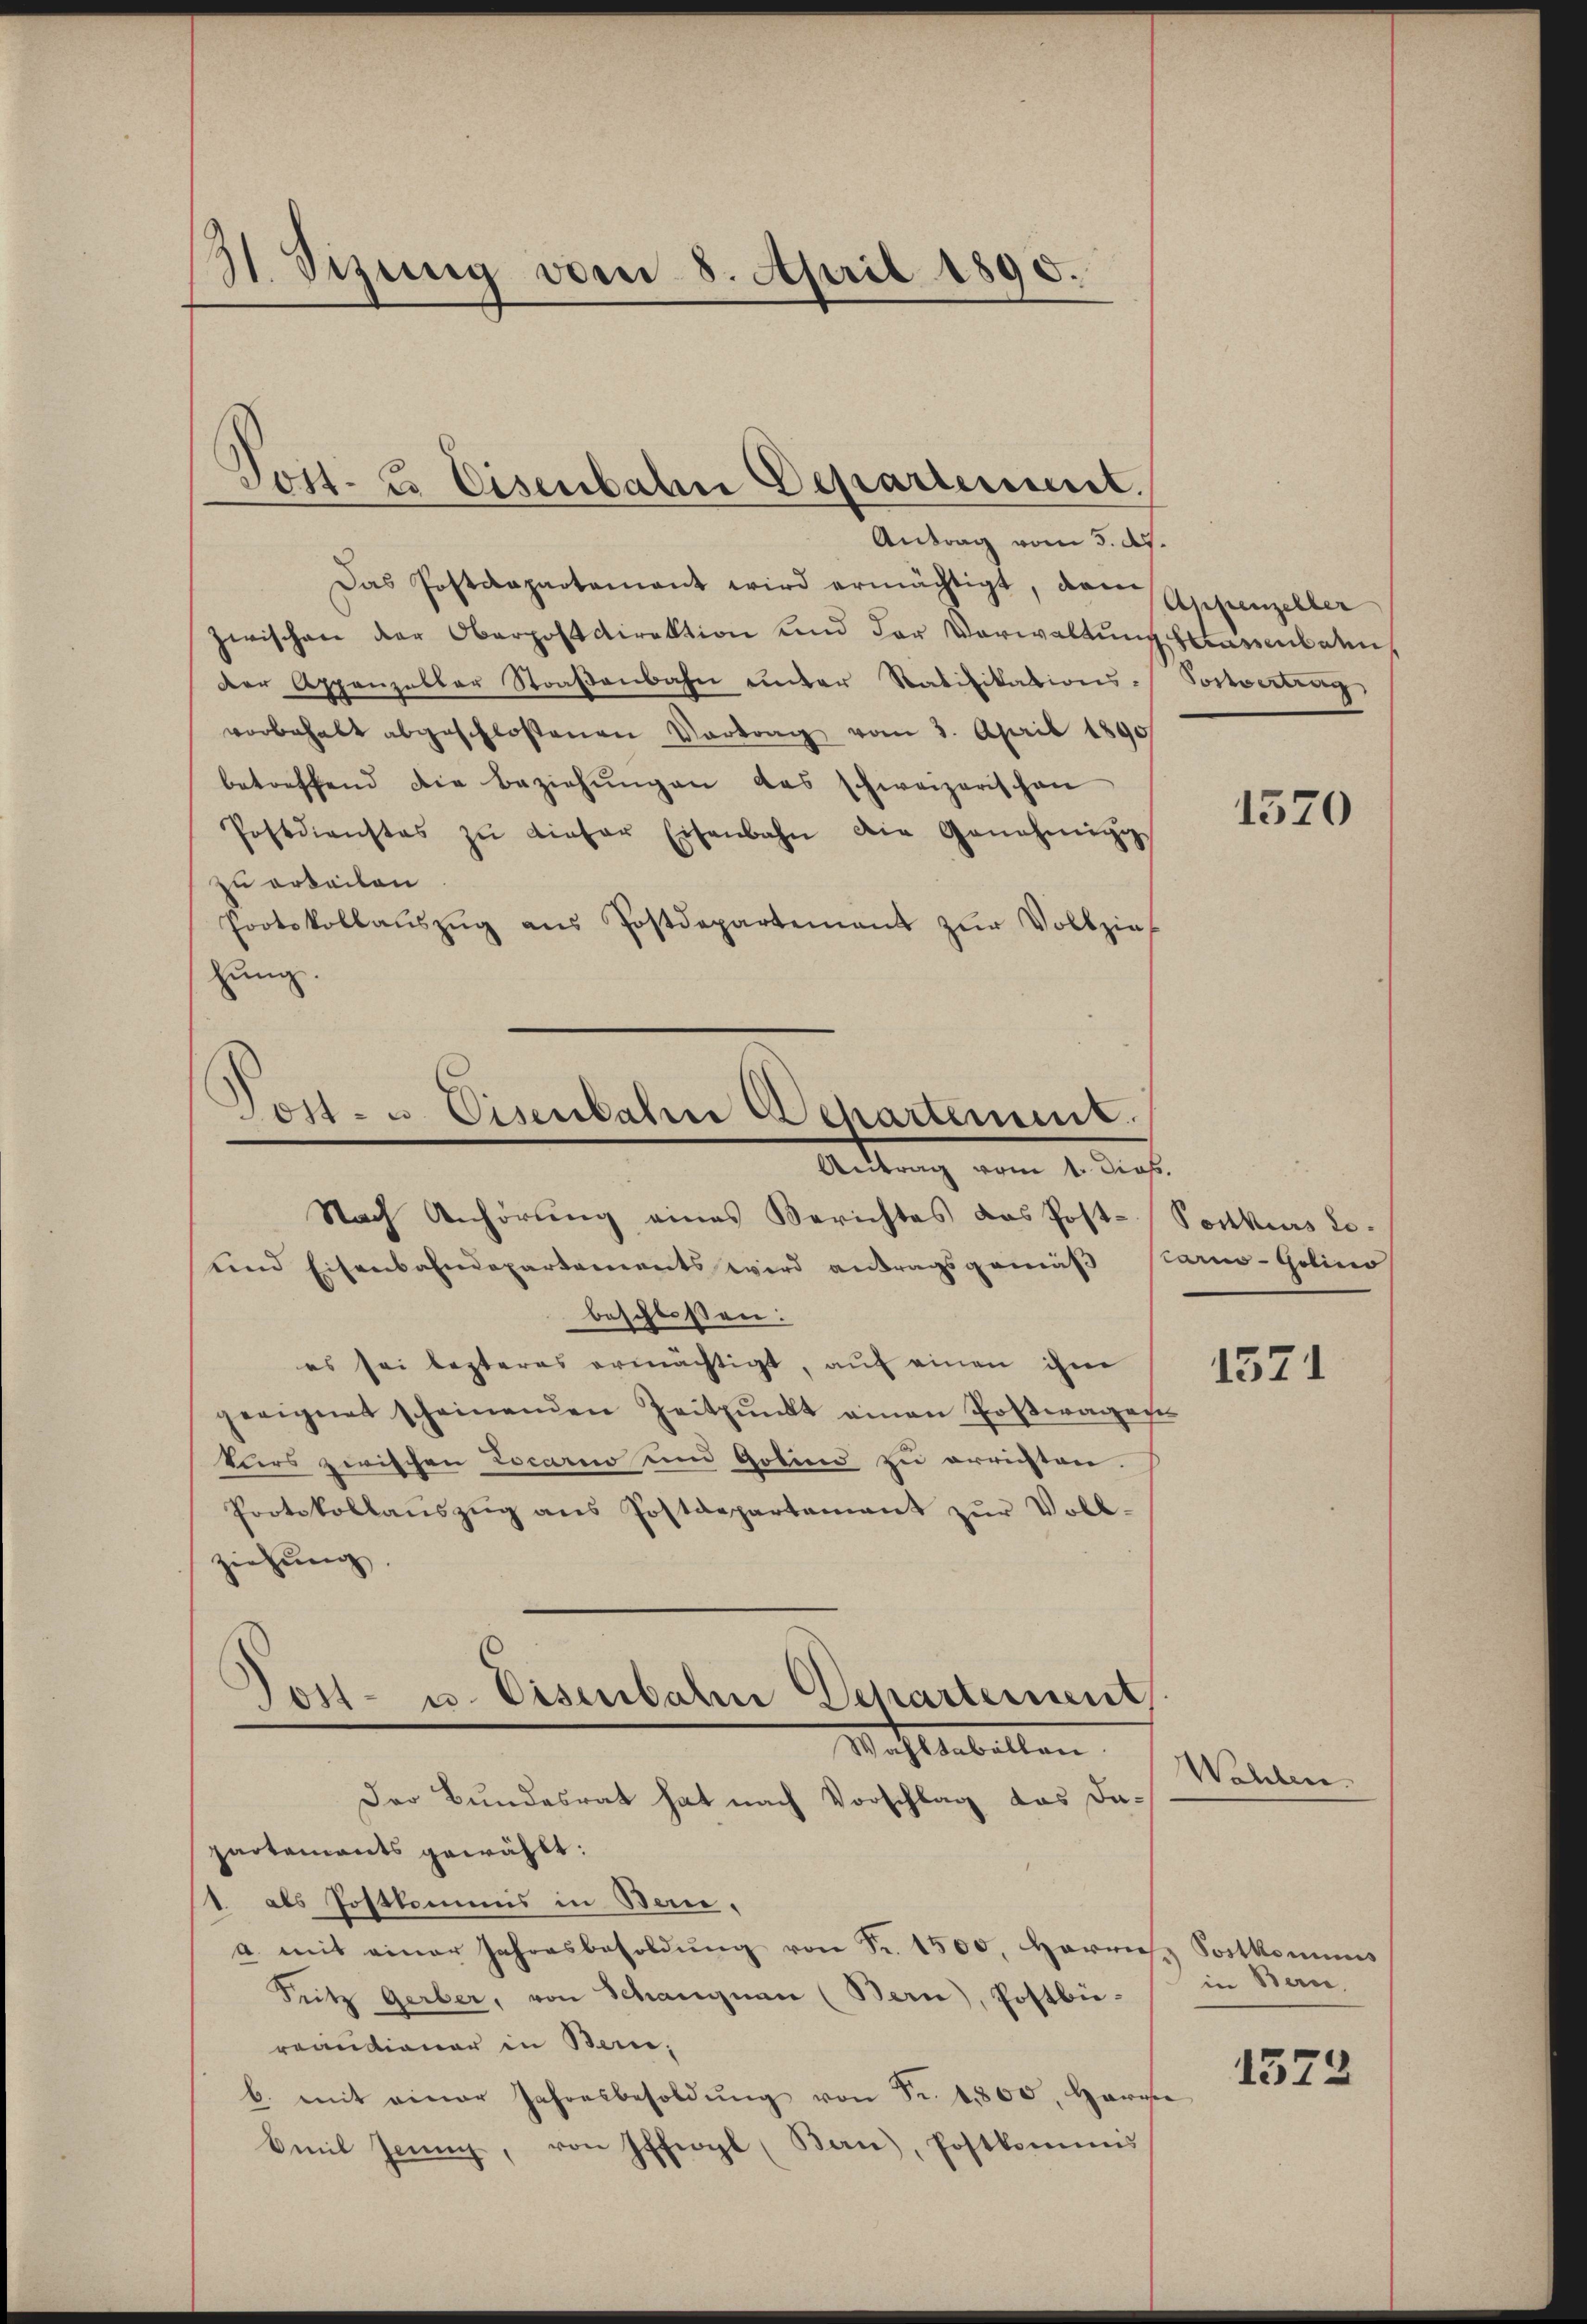
H. Vizung vom 8. April 1890.

Antrag vom 5. d.
Das Postdepartement wird ermächtigt, das Appenzeller
zwischen der Oberpostdirektion und der Vorwaltung harmladen,
Der Appenzeller Straßenbahn unter Ratifikations-
vorbehalt abgeschlossenen Vortrag vom 3. April 1890
betreffend die Beziehŭngen das schweizerischen
Postdienstes zŭ dieser Eisenbahn die Genehmig
zu erteilen
Protokollaŭszŭg ans Postdepartement zŭr Vollzieh
hung.

Post- & Eisenbahn Departement.

Post- u. Eisenbahre Departement
Antrag vom 1. Dies.
Nach Anhörung eines Berichtes das Post¬

und Eisenbahndepartements wird antragsgemäß starno-Golino
beschloßen:
es sei lezteres ermächtigt, auf einen ihm
geeignet scheinenden Zeitpunkt einen Postwagen
tars zwischen Locarno um Gotino zu errichten.
Protokollaŭszŭg ans Postdepartamant zŭr Voll-
ziehung,

Post- u. Eisenbahn Departement
Machtabellen.

Der Bundesrat hat nach Vorschlag das Dapartements gewählt:
1 als Postkommis in Bern.
a. mit einer Jahresbesoldŭng von Fr. 1500, Harrich Postkommis
Sutz Gerber, von Schangnau (Bern), Postbü-
reundianer in Bern,
b. mit einer Jahresbesoldŭng von Fr. 1800, Harrie
Emil Jenny, von Iffiogl (Ban), Postkommis

Sonvertrag

Ponkurs d.

1320

1571

Wahlen.

in Bern.

1572